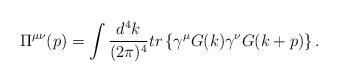
LaTeX: \begin{align*}\Pi ^{\mu \nu }(p)=\int \frac{d^4k}{(2\pi )^4}tr\left\{ \gamma ^\mu G(k)\gamma^\nu G(k+p)\right\}.\end{align*}